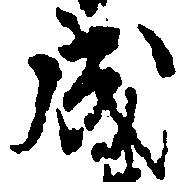
成